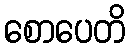
စောပေတိ